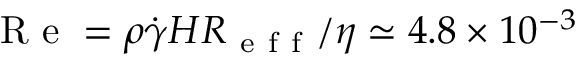
\mathrm { ~ R ~ e ~ } = \rho \dot { \gamma } H R _ { \mathrm { ~ e ~ f ~ f ~ } } / \eta \simeq 4 . 8 \times 1 0 ^ { - 3 }